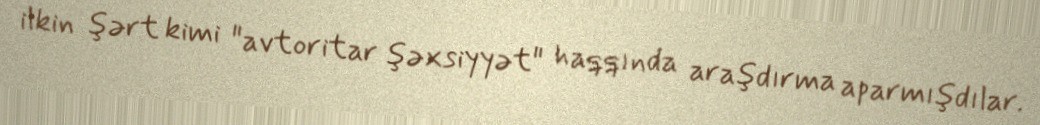
ilkin şərt kimi "avtoritar şəxsiyyət" haqqında araşdırma aparmışdılar.